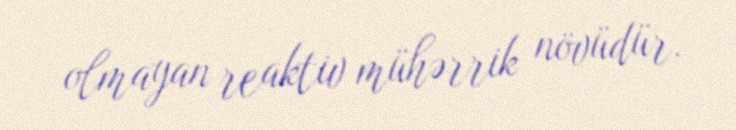
olmayan reaktiv mühərrik növüdür.